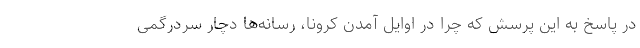
در پاسخ به این پرسش که چرا در اوایل آمدن کرونا، رسانه‌ها دچار سردرگمی